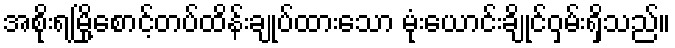
အစိုးရမြို့စောင့်တပ်ထိန်းချုပ်ထားသော မုံးယောင်းချိုင်ဝှမ်းရှိသည်။